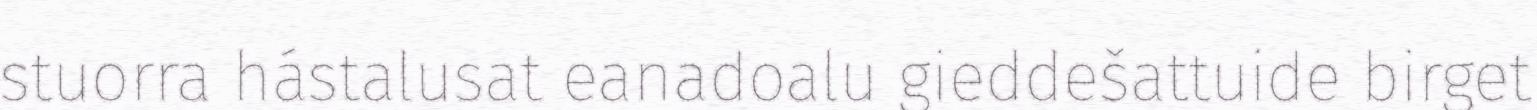
stuorra hástalusat eanadoalu gieddešattuide birget